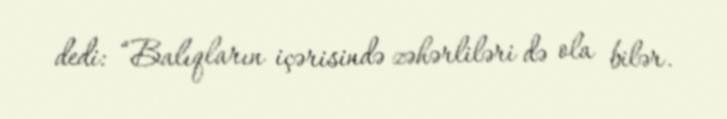
dedi: “Balıqların içərisində zəhərliləri də ola bilər.